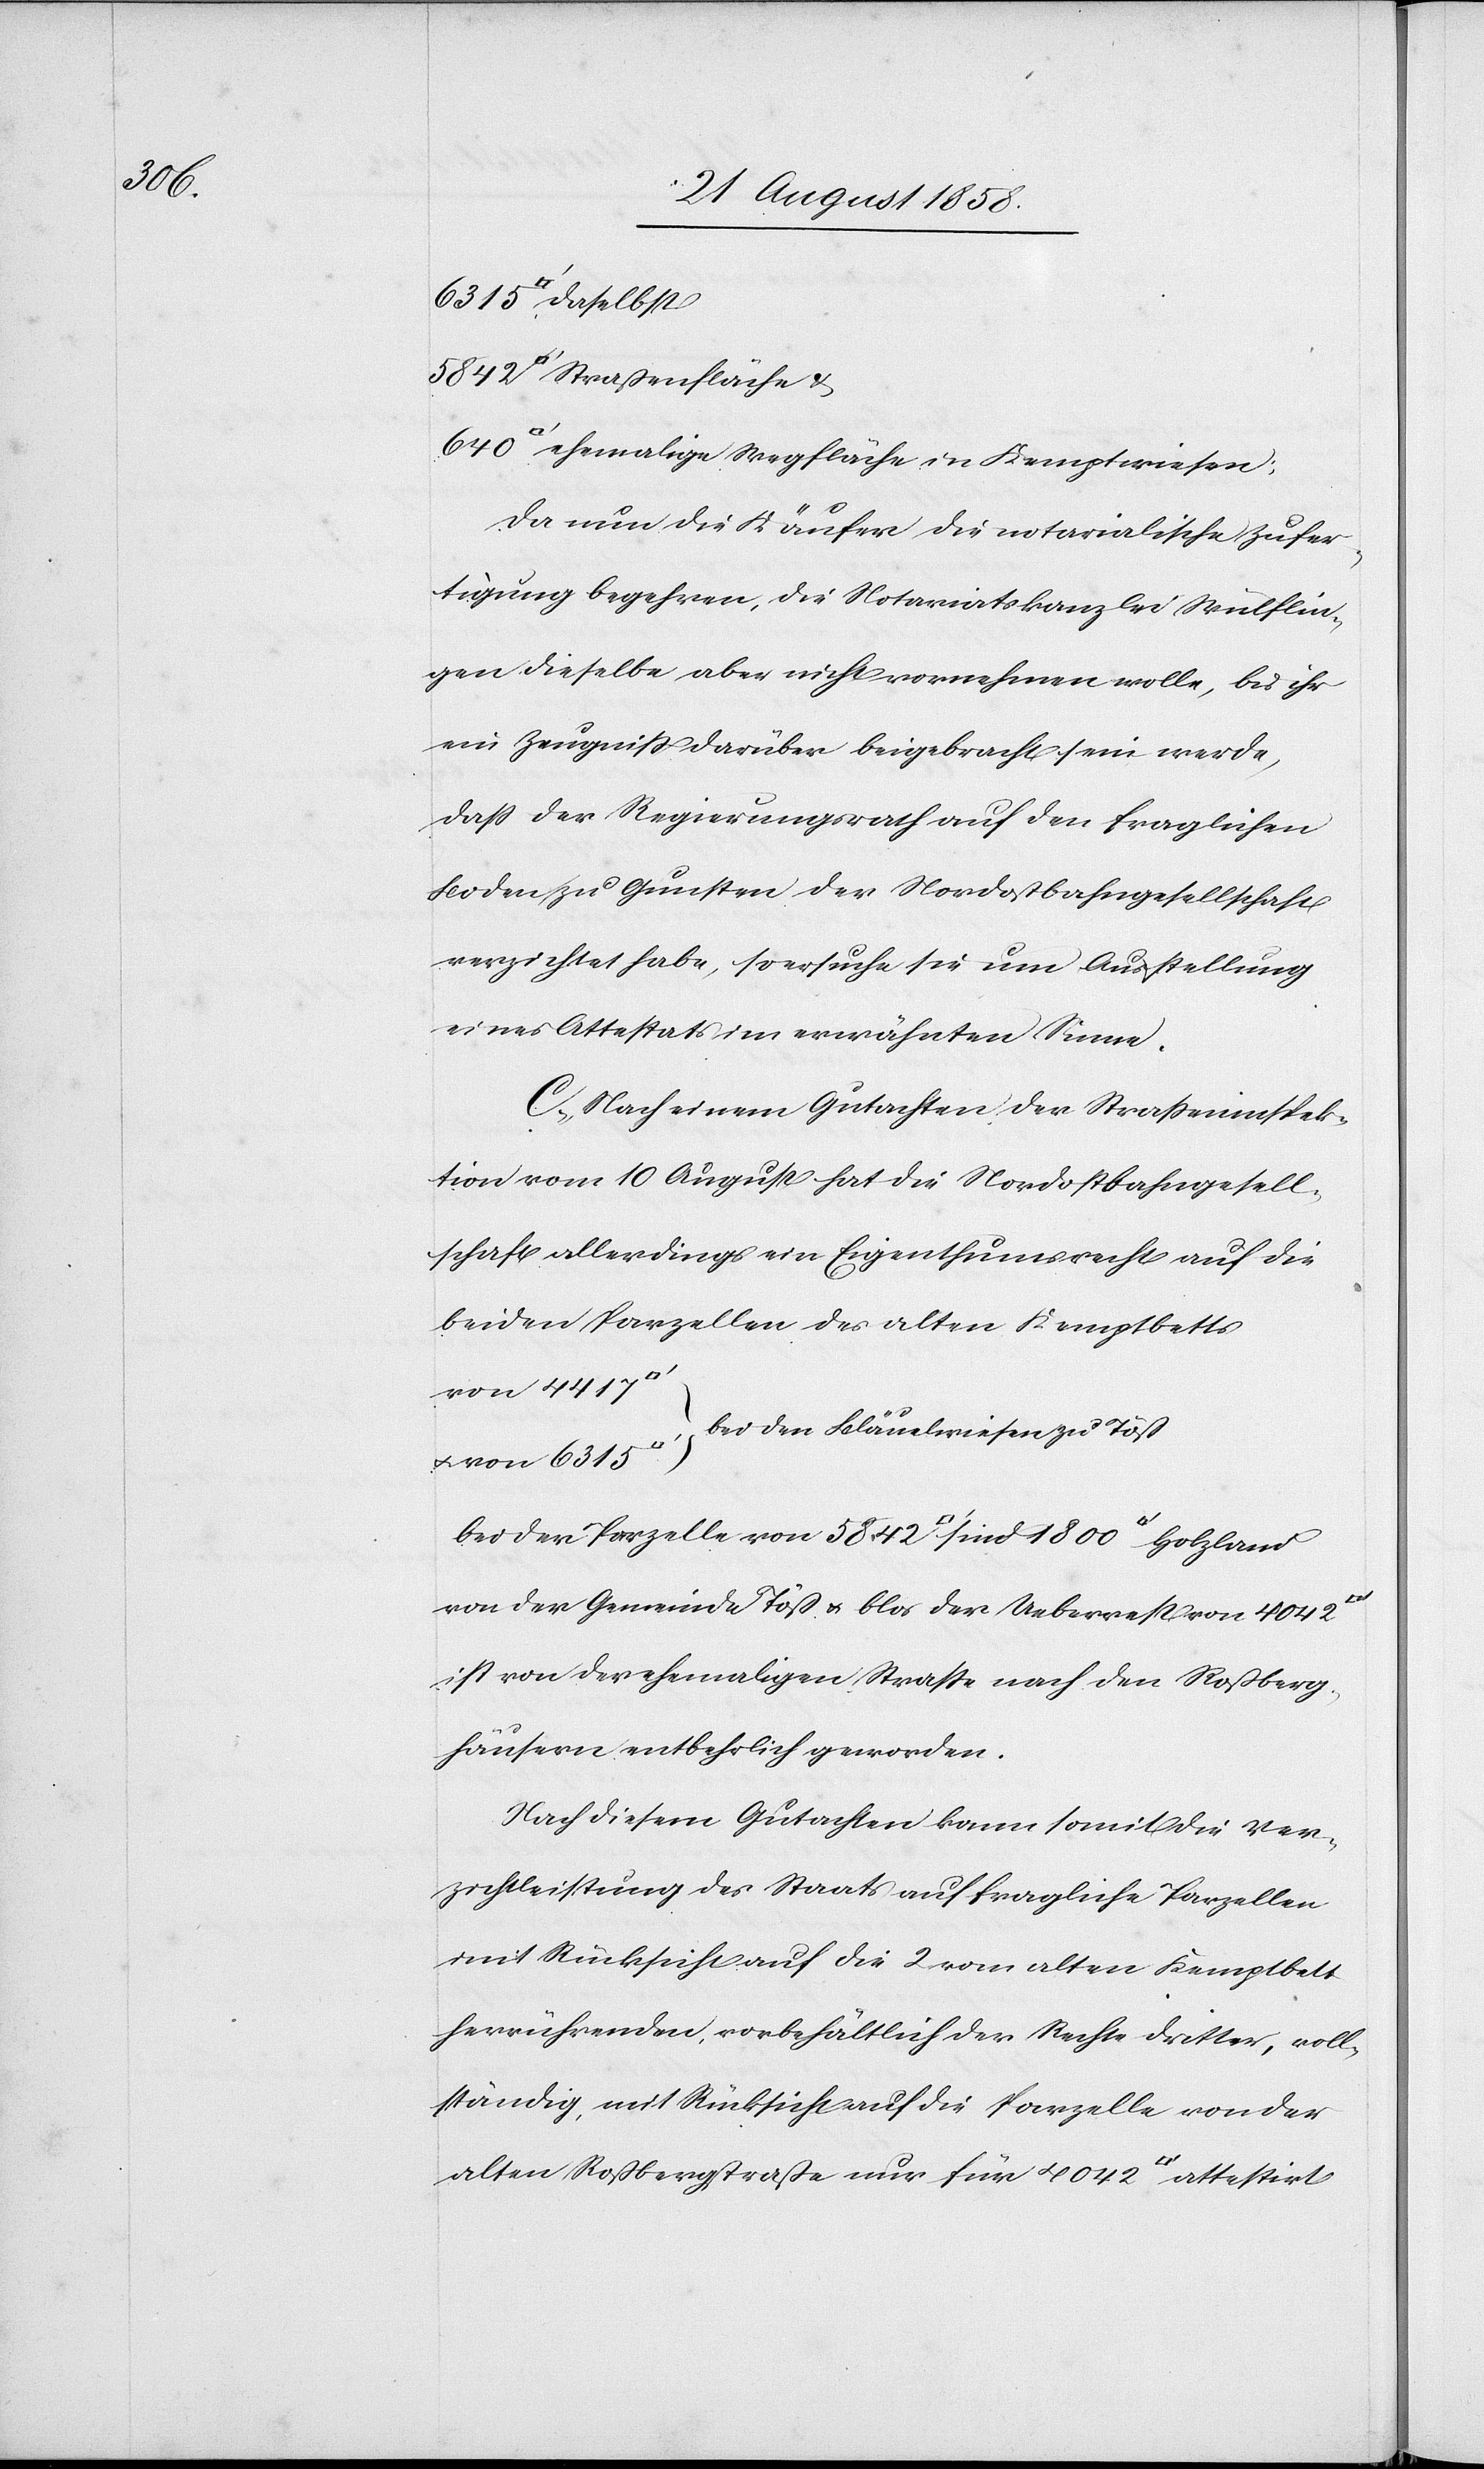
5842

ehemalige Wegfläche in Kemptwiesen;
Da nun die Käufer die notarialische Zufer¬
tigung begehren, die Notariatskanzlei Wülflin¬
gen dieselbe aber nicht vornehmen wolle, bis ihr
ein Zeugniss darüber beigebracht sein werde,
dass der Regierungsrath auf den fraglichen
Boden zu Gunsten der Nordostbahngesellschaft
verzichtet habe, so ersuche sie um Ausstellung
eines Attestats im erwähnten Sinne.
C. Nach einem Gutachten der Strasseninspek¬
tion vom 10 August hat die Nordostbahngesell¬
schaft allerdings ein Eigenthumsrecht auf die
beiden Parzellen des alten Kemptbetts
von 4417
bei den Bläuelwiesen zu Töß
& von 6315
bei der Parzelle von 5842 [Quadratfuss] sind 1800 [Quadratfuss]
von der Gemeinde Töß & blos der Ueberrest von 4042
ist von der ehemaligen Strasse nach den Roßberg¬
häusern entbehrlich geworden.
Nach diesem Gutachten kann somit die Ver¬
zichtleistung des Staats auf fragliche Parzellen
mit Rücksicht auf die 2 vom alten Kemptbett
herrührenden, vorbehältlich der Rechte Dritter, voll¬
ständig, mit Rücksicht auf die Parzelle von der
alten Roßbergstraße nur für 4042 [Quadratfuss] attestirt